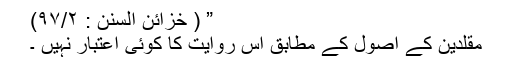
” ( خزائن السنن : ۹۷/۲)
مقلدین کے اصول کے مطابق اس روایت کا کوئی اعتبار نہیں ۔